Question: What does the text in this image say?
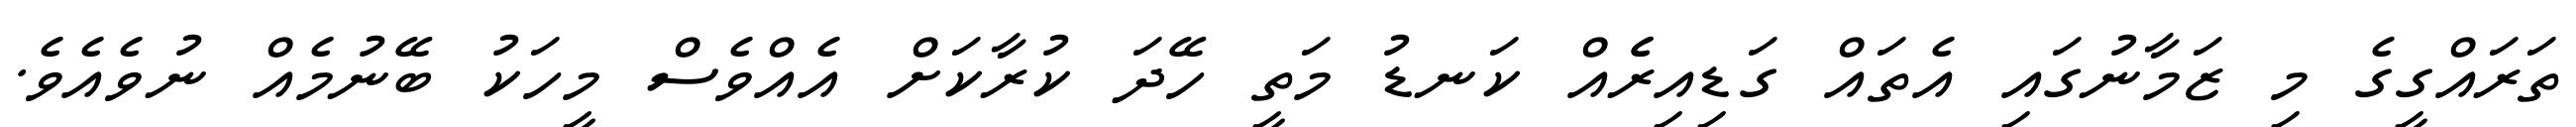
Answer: ތަރައްގީގެ މި ޒަމާނުގައި އެތައް ގަޑިއިރެެއް ކަނޑު މަތީ ހޭދަ ކުރާކަށް އެއްވެސް މީހަކު ބޭނުމެއް ނުވެއެވެ.